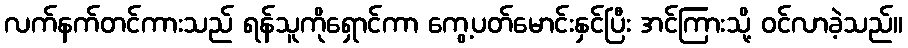
လက်နက်တင်ကားသည် ရန်သူကိုရှောင်ကာ ကွေ့ပတ်မောင်းနှင်ပြီး အင်ကြားသို့ ဝင်လာခဲ့သည်။